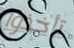
تأخذوا